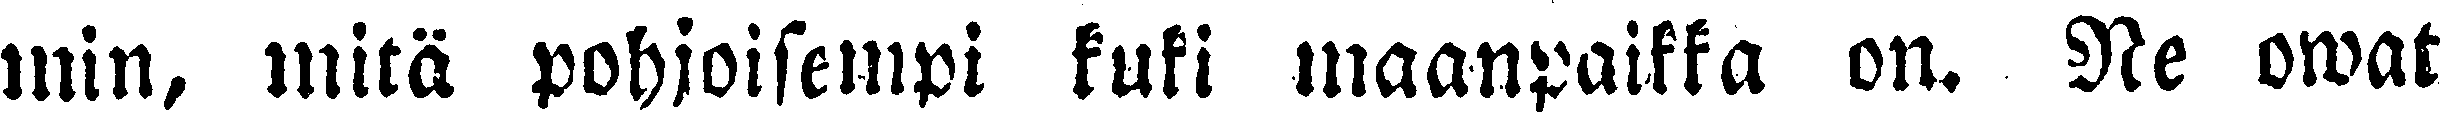
min, mitä pohjoisempi kuki maanpaikka on. Ne owat